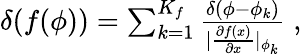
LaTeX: \begin{array}{r}{\delta(f(\phi))=\sum_{k=1}^{K_{f}}\frac{\delta(\phi-\phi_{k})}{|\frac{\partial f(x)}{\partial x}\vert_{\phi_{k}}}\; ,}\end{array}